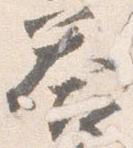
答